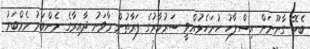
ބެހޭ ގާނޫނަށް އިސްލާހު ހުށަހެޅުއްވީ ސަރުކާރުގެ ފަރާތުން މާވަށު ދާއިރާގެ މެންބަރު މެމްބަރު